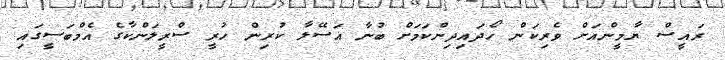
ރައީސް ޔާމީންއަށް ވެރިކަން ހޯދައިދިންކަމަށް ބުނާ އަސޭލާ ކުރިން ހުރީ ސްރީލަންކާގެ އެމްބަސީގައި